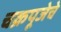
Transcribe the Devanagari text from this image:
चक्रपूजेचे